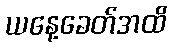
ယနေ့ခေတ်အထိ